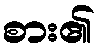
စား၏